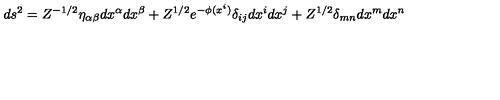
d s ^ { 2 } = Z ^ { - 1 / 2 } \eta _ { \alpha \beta } d x ^ { \alpha } d x ^ { \beta } + Z ^ { 1 / 2 } e ^ { - \phi ( x ^ { i } ) } \delta _ { i j } d x ^ { i } d x ^ { j } + Z ^ { 1 / 2 } \delta _ { m n } d x ^ { m } d x ^ { n }